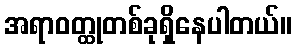
အရာဝတ္ထုတစ်ခုရှိနေပါတယ်။